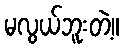
မလွယ်ဘူးတဲ့။